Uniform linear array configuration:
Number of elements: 48
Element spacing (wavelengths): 1
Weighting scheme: binomial
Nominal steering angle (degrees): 15
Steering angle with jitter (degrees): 15.288
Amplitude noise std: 0.05
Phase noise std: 0.05

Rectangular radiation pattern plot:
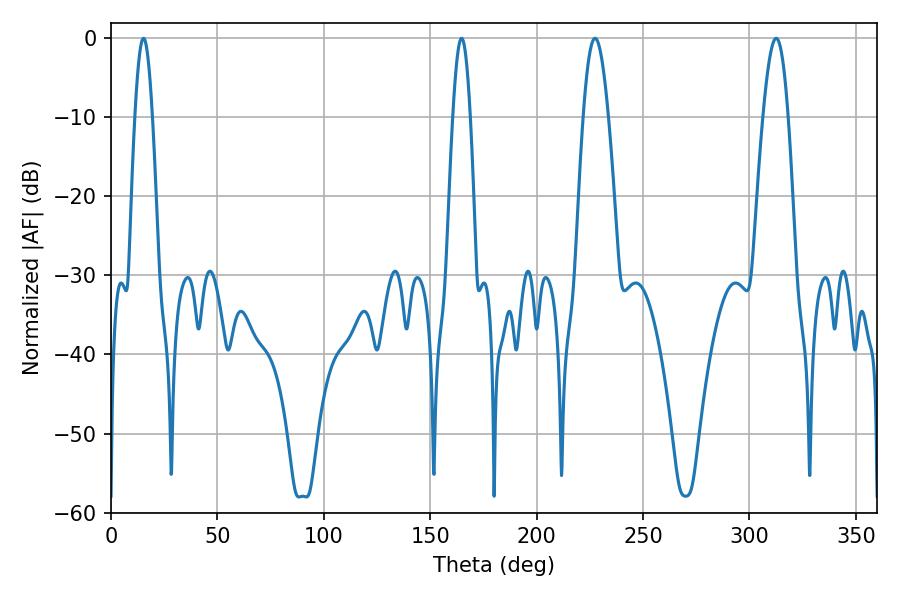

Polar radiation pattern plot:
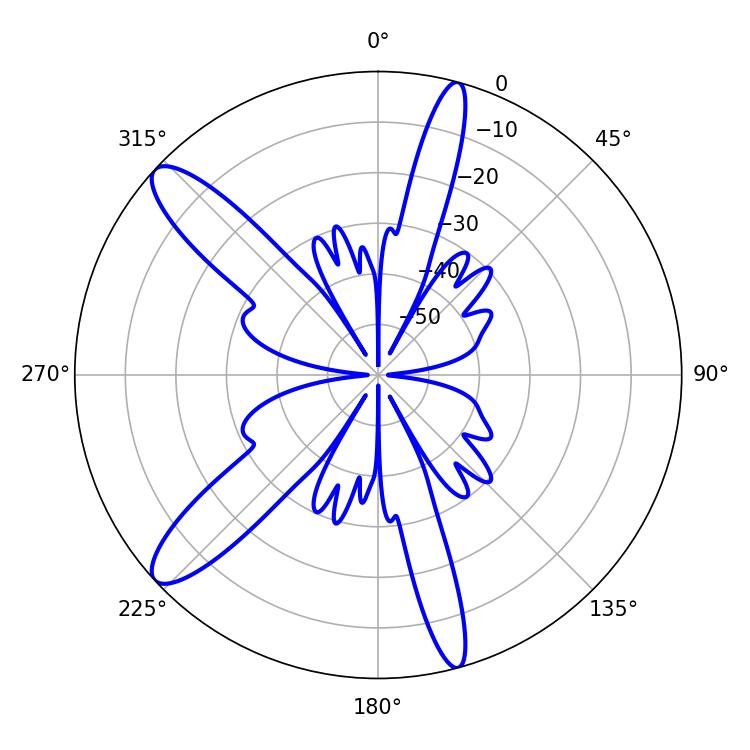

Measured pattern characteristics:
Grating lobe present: TRUE
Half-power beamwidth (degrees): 4.32
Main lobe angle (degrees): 15.3